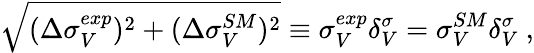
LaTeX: \sqrt{(\Delta\sigma_{V}^{exp})^{2}+(\Delta\sigma_{V}^{SM})^{2}}\equiv\sigma_{V}^{exp}\delta_{V}^{\sigma}=\sigma_{V}^{SM}\delta_{V}^{\sigma}~,